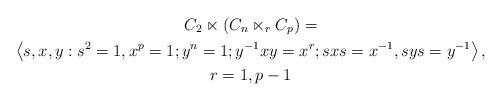
LaTeX: \begin{gather*}C_{2}\ltimes(C_{n}\ltimes_{r}C_{p})=\\\left\langle s,x,y:s^{2}=1,x^{p}=1;y^{n}=1;y^{-1}xy=x^{r};sxs=x^{-1},sys=y^{-1}\right\rangle ,\\r=1,p-1\end{gather*}